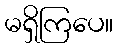
မရှိကြပေ။